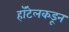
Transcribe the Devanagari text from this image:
हॉटेलकडून